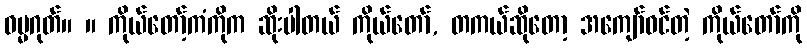
ဓမ္မဂုတ်။ ။ ကိုယ်တော့်ကံကိုက ဆိုးပါတယ် ကိုယ်တော်, တကယ်ဆိုတော့ အကျော်ဝင်တဲ့ ကိုယ်တော်ကို